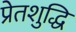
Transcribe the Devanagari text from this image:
प्रेतशुद्धि